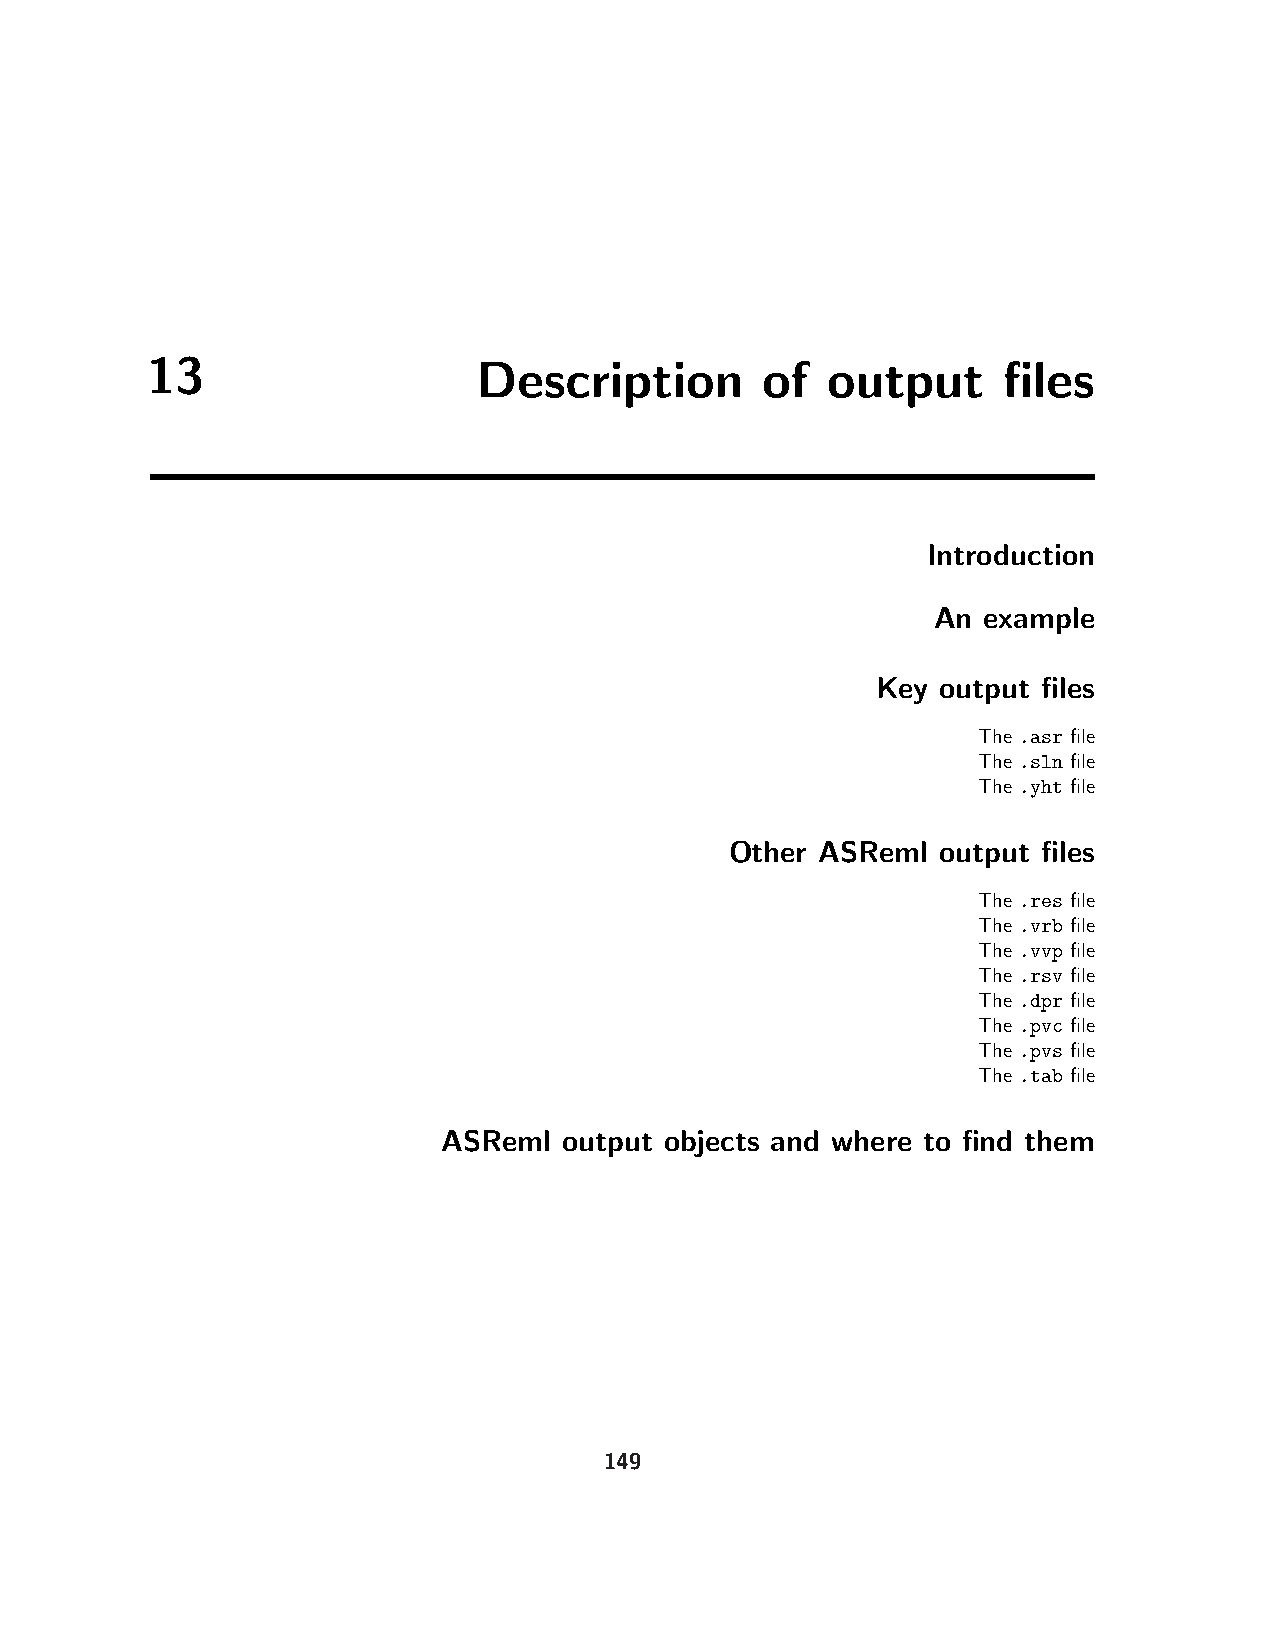
13                    Description       of   output     files
 Introduction
 An example
 Key output files
 The .asr file
 The .sln file
 The .yht file
 Other ASReml  output files
 The .res file
 The .vrb file
 The .vvp file
 The .rsv file
 The .dpr file
 The .pvc file
 The .pvs file
 The .tab file
 ASReml  output objects and where to find them
 149